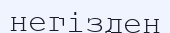
негізден